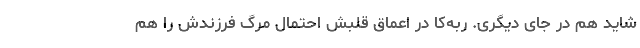
شاید هم در جای دیگری. ربه‌کا در اعماق قلبش احتمال مرگ فرزندش را هم